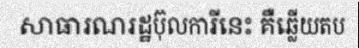
សាធារណរដ្ឋប៊ុលការីនេះ គឺឆ្លើយតប